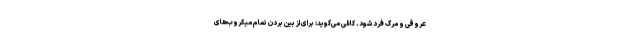
عروقی و مرگ فرد شود. کانلی می‌گوید: برای از بین بردن تمام میکروب‌های